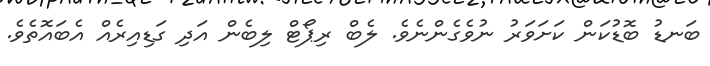
ބަނޑު ބޮޑުކަން ކަށަވަރު ނުވެގެންނެވެ. ލެބް ރިޕޯޓް ލިބެން އަދި ގަޑިއިރެއް އެބައޮތެވެ.